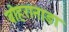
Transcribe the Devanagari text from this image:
बोहरानाडा